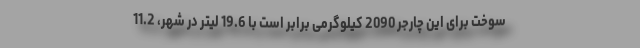
سوخت برای این چارجر 2090 کیلوگرمی برابر است با 19.6 لیتر در شهر، 11.2